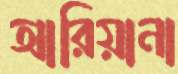
আরিয়ানা